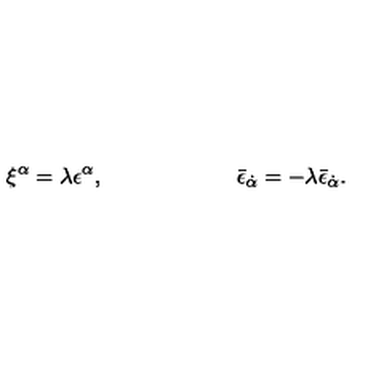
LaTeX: \xi ^ { \alpha } = \lambda \epsilon ^ { \alpha } , \qquad \qquad \qquad \bar { \epsilon } _ { \dot { \alpha } } = - \lambda \bar { \epsilon } _ { \dot { \alpha } } .